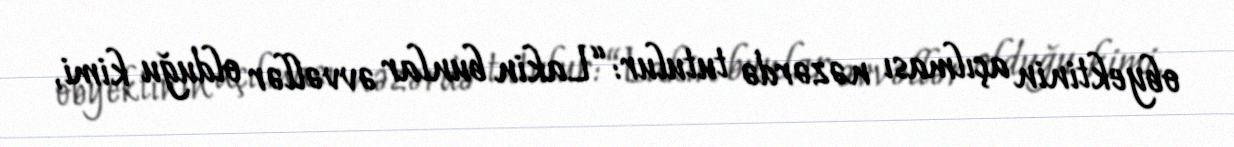
obyektinin açılması nəzərdə tutulur: “Lakin bunlar əvvəllər olduğu kimi,